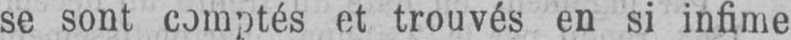
se sont comptés et trouvés en si infime